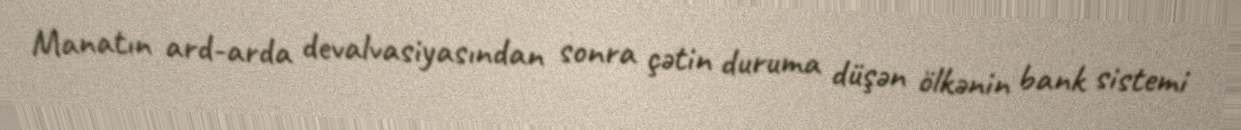
Manatın ard-arda devalvasiyasından sonra çətin duruma düşən ölkənin bank sistemi